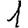
Digit: 1